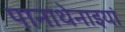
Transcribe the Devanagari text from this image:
पानाथेनाइयां